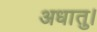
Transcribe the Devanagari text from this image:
अधातु।